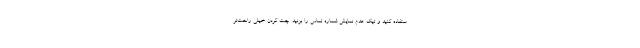
ستفاده کنید و تیک عدم نمایش شماره تماس را بزنید. چت کردن خیلی راحت‌تر